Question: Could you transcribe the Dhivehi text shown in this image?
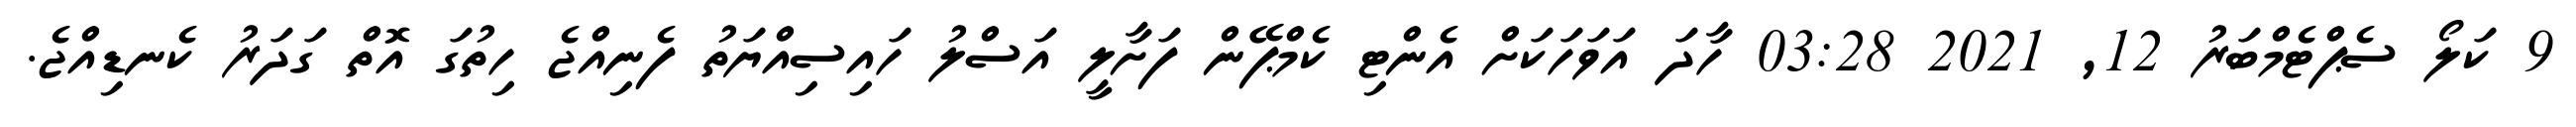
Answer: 9 ކަލޯ ސެޕްޓެމްބަރު 12, 2021 03:28 ހާދަ އަވަހަކަށް އެންޓި ކެމްޕޭން ފަށާލީ އަސްލު ހައިސިއްޔަތު ފެނިއްޖެ ހިތުގަ އޮތް ގަދަރު ކެނޑިއްޖެ.